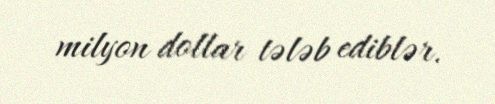
milyon dollar tələb ediblər.